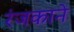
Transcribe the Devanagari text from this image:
रंजकाने